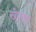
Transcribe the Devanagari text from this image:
खेलमा